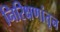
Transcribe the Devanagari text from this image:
निरिक्षणांतून